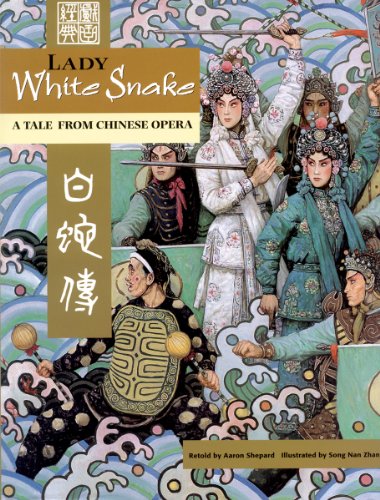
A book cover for Lady White Snake: A Tale From Chinese Opera; Aaron Shepard; Children's Books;